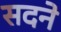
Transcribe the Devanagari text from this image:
सदने